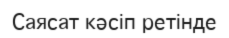
Саясат кәсіп ретінде